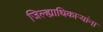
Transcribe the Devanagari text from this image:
जिल्ह्याधिकाऱ्यांना